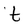
Character: t